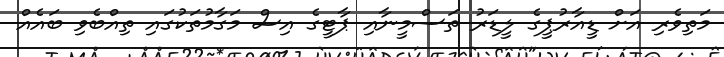
މަތިވެރި އަށް ޑީއާރުޕީގެ ލީޑަރު ތަސްމީނާއި ޕާޓީގެ އިސް މަގާމުތަކުގައި ތިއްބެވި ބައެއް